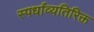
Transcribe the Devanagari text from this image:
स्पर्धांव्यतिरिक्त